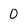
Character: 0